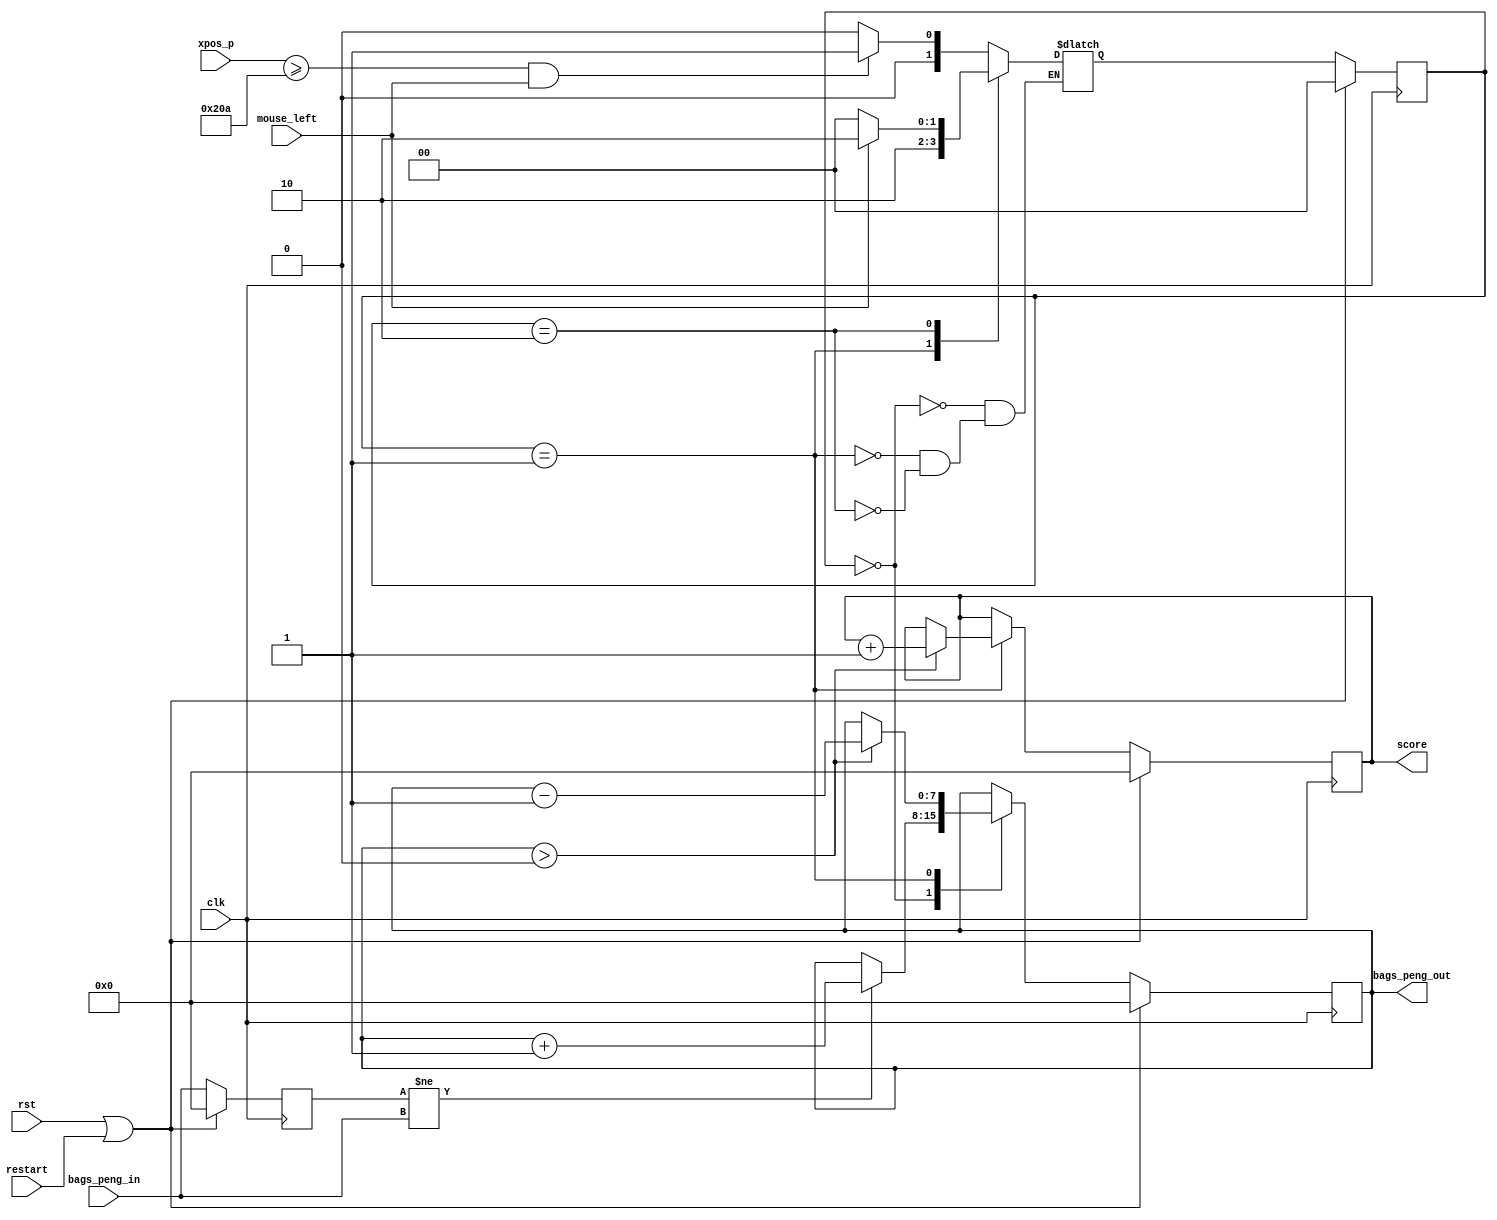
`timescale 1ns / 1ps
//////////////////////////////////////////////////////////////////////////////////
// Company: 
// Engineer: 
// 
// Design Name: 
// Module Name: peng_bags_ctl
// Project Name: 
// Target Devices: 
// Tool Versions: 
// Description: 
// 
// Dependencies: 
// 
// Revision:
// Revision 0.01 - File Created
// Additional Comments:
// 
//////////////////////////////////////////////////////////////////////////////////


module peng_bags_ctl(
  input wire clk,
  input wire rst,
  input wire restart,
  input wire [11:0] xpos_p,
  input wire mouse_left,
  input wire [7:0] bags_peng_in,
  //input wire [9:0] ypos_p,
  
  output reg [7:0] bags_peng_out,
  output reg [7:0] score
   );
   
   localparam   PENG_WIDTH  = 128,
                XPOS_END    = 650,
                STATE_SIZE  = 2,
                
                STATE_IDLE  = 2'b00,
                STATE_CLICK = 2'b01,
                STATE_WAIT  = 2'b10;
                
   reg [7:0] bags_peng_nxt = 0, bags_peng_temp = 0, score_nxt = 0;
   reg [STATE_SIZE -1:0] state = 2'b00, state_nxt = 2'b00;
   
    always @(posedge clk) begin
        if(rst || restart) begin
            bags_peng_out <= 0;
            bags_peng_temp <= 0;
            state <= STATE_IDLE;
            score <= 0;
        end
        else begin
            bags_peng_out <= bags_peng_nxt;
            bags_peng_temp <= bags_peng_in;
            state <= state_nxt;
            score <= score_nxt;
        end
    end   
    
     always @*
                 begin
                     case(state)
                         STATE_IDLE: state_nxt = (xpos_p >= (XPOS_END - PENG_WIDTH) && mouse_left) ? STATE_CLICK : STATE_IDLE;
                         STATE_CLICK: state_nxt = STATE_WAIT;
                         STATE_WAIT: state_nxt = (!mouse_left) ? STATE_IDLE : STATE_WAIT;
                     endcase
                 end
                 
                 
                 
     always @* 
                 begin
                            bags_peng_nxt = bags_peng_out;
                            score_nxt = score;
                                
                                case(state)
                                    STATE_IDLE:  
                                        begin    
                                            if (bags_peng_temp != bags_peng_in)
                                                bags_peng_nxt = bags_peng_out + 1;
                                         end       
                                    STATE_CLICK:
                                        begin
                                            if (bags_peng_nxt > 0) begin
                                                bags_peng_nxt = bags_peng_out - 1;
                                                score_nxt = score + 1;
                                            end
                                        end
                                    STATE_WAIT: begin
                                                end
                                     
                                endcase
                        end
endmodule